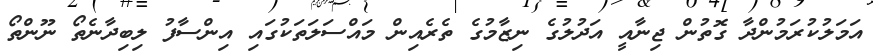
އަމަލުކުރަމުންދާ ގޮތުން ޖިނާއީ އަދުލުގެ ނިޒާމުގެ ތެރެއިން މައްސަލަތަކުގައި އިންސާފު ލިބިދާނެތޯ ނޫންތޯ